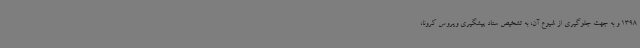
1398 و به جهت جلوگیری از شیوع آن، به تشخیص ستاد پیشگیری ویروس کرونا،